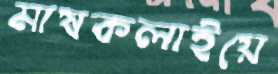
মাষকলাইয়ে